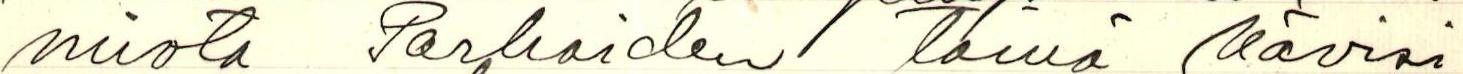
miota Parhaiden tämä kävisi